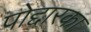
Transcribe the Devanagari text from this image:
पोद्दारका